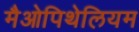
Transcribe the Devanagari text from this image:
मैओपिथेलियम